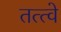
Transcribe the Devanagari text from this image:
तत्‍त्‍वे